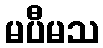
မပီမသ